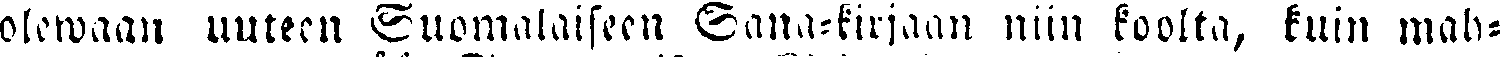
olewaan uuteen Suomalaiseen Sana-kirjaan niin koolta, kuin mah-